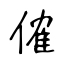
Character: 傕